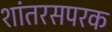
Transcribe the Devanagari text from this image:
शांतरसपरक